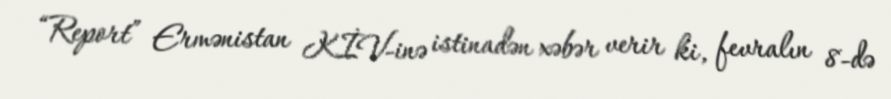
“Report” Ermənistan KİV-inə istinadən xəbər verir ki, fevralın 8-də